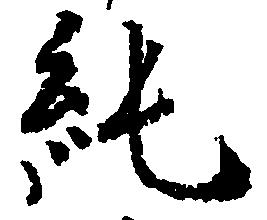
純